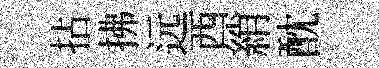
拈拂远西綃酖